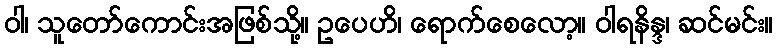
ဝါ၊ သူတော်ကောင်းအဖြစ်သို့။ ဥပေဟိ၊ ရောက်စေလော့။ ဝါရနိန္ဒ၊ ဆင်မင်း။